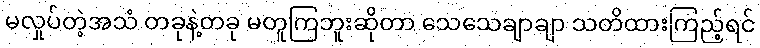
မလှုပ်တဲ့အသံ တခုနဲ့တခု မတူကြဘူးဆိုတာ သေသေချာချာ သတိထားကြည့်ရင်